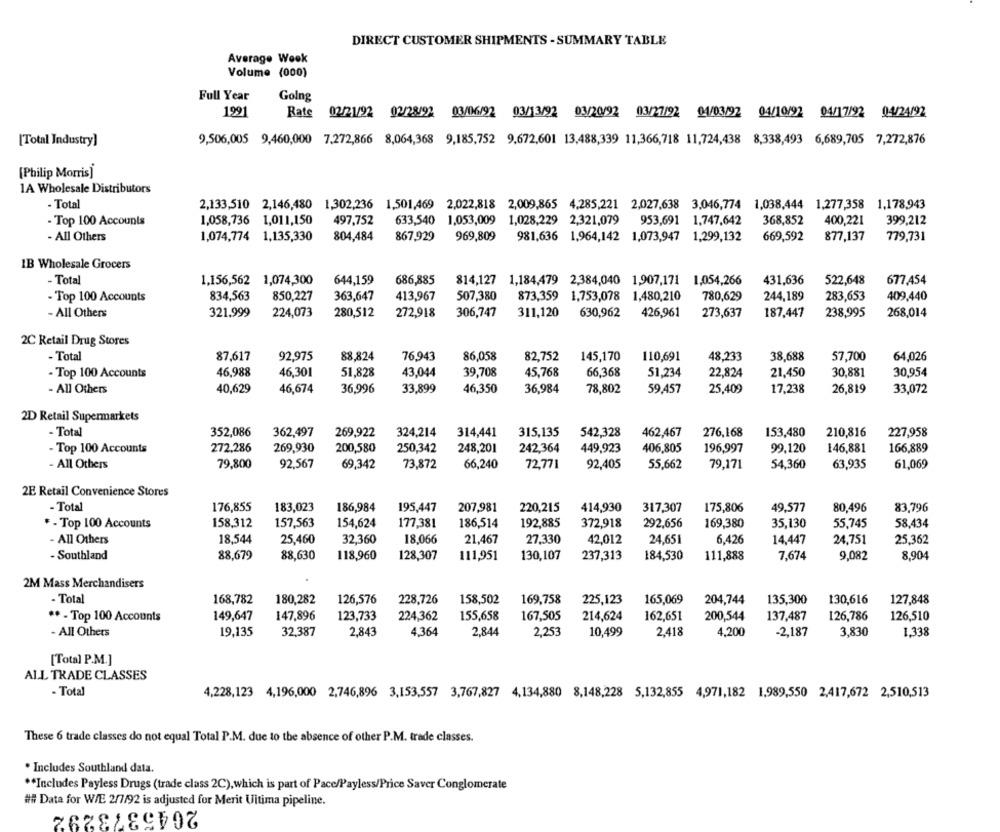
DIRECT CUSTOMER SHIPMENTS - SUMMARY TABLE
Average Week
Volume (000)
Full Year
Golng
1991
Rate
02/21/92 02/28/92
03/06/92 03/13/92
03/20/92 03/27/92
04/03/92 04/10/92 04/17/92 04/24/92
[Total Industry]
9,506,005 9,460,000 7,272,866 8,064,368 9,185,752 9,672,601 13,488,339 11,366,718 11,724,438 8,338,493 6,689,705 7,272,876
[Philip Morris]
1A Wholesale Distributors
- Total
2,133,510 2,146,480 1,302,236 1,501,469 2,022,818 2,009,865 4,285,221 2,027,638 3,046,774 1,038,444 1,277,358 1,178,943
- Top 100 Accounts
1,058,736 1,011,150
497,752
633,540 1,053,009 1,028,229 2,321,079 953,691 1,747,642
368,852
400,221
399,212
- All Others
1,074,774 1,135,330
804,484
867,929
969,809
981.636 1,964,142 1,073,947 1,299,132
669,592
877,137
779,731
IB Wholesale Grocers
- Total
1.156,562
1,074,300
644,159
686,885
814,127
1,184,479 2,384,040 1,907,171 1,054,266
431,636
522,648
677,454
- Top 100 Accounts
834,563
850,227
363,647
413,967
507,380
873,359
1,753,078 1,480,210
780,629
244,189
283,653
409,440
- All Others
321,999
224,073
280,512
272,918
306,747
311,120
630,962
426,961
273,637
187,447
238,995
268,014
2C Retail Drug Stores
- Total
87,617
92,975
88,824
76,943
86,058
82,752
145,170
110,691
48,233
38.688
57,700
64,026
- Top 100 Accounts
46,988
46,301
51,828
43,044
39,708
45,768
66,368
51,234
22,824
21,450
30,881
30,954
- All Others
40,629
46,674
36,996
33,899
46,350
36,984
78,802
59,457
25,409
17,238
26,819
33,072
2D Retail Supermarkets
- Total
352,086
362,497
269,922
324,214
314,441
315,135
542,328
462,467
276,168
153,480
210,816
227,958
- Top 100 Accounts
272,286
269,930
200,580
250,342
248,201
242,364
449,923
406,805
196,997
99,120
146,881
166,889
- All Others
79,800
92,567
69,342
73,872
66,240
72,771
92,405
55,662
79,171
54,360
63,935
61,069
2E Retail Convenience Stores
- Total
176,855
183,023
186,984
195,447
207,981
220,215
414,930
317,307
175,806
49,577
80,496
83,796
* - Top 100 Accounts
158,312
157,563
154,624
177,381
186,514
192,885
372,918
292,656
169,380
35,130
55,745
58,434
- All Others
18.544
25,460
32,360
18,066
21,467
27,330
42,012
24,651
6,426
14,447
24,751
25,362
- Southland
88,679
88,630
118,960
128,307
111,951
130,107
237,313
184,530
111,888
7,674
9,082
8,904
2M Mass Merchandisers
- Total
168,782
180,282
126,576
228,726
158,502
169,758
225,123
165,069
204,744
135,300
127,848
130,616
149,647
147,896
123,733
224,362
155,658
167,505
214,624
162,651
200,544
137,487
126,786
126,510
** - Top 100 Accounts
- All Others
19,135
32,387
2,843
4,364
2,844
2,253
10,499
2,418
4,200
-2,187
3,830
1,338
[Total P.M.]
ALL TRADE CLASSES
- Tota
4,228,123 4,196,000 2,746,896 3,153,557 3,767,827 4,134,880 8,148,228 5,132,855 4,971,182 1,989,550 2,417,672 2,510,513
These 6 trade classes do not equal Total P.M. due to the absence of other P.M. trade classes.
. Includes Southland data.
** Includes Payless Drugs (trade class 2C), which is part of Pace/Payless/Price Saver Conglomerate
## Data for W/E 2/7/92 is adjusted for Merit Vitima pipeline.
2045373292